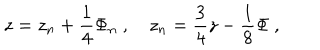
z = z _ { n } + \frac { 1 } { 4 } \Phi _ { n } \ , z _ { n } = \frac { 3 } { 4 } z - \frac { 1 } { 8 } \Phi \ ,